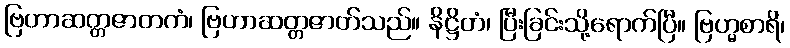
ဗြဟာဆတ္တဇာတကံ၊ ဗြဟာဆတ္တဇာတ်သည်။ နိဋ္ဌိတံ၊ ပြီးခြင်းသို့ရောက်ပြီ။ ဗြဟ္မစာရိ၊